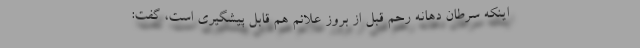
اینکه سرطان دهانه رحم قبل از بروز علائم هم قابل پیشگیری است، گفت: